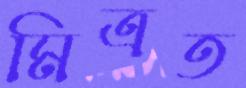
মিত্রত